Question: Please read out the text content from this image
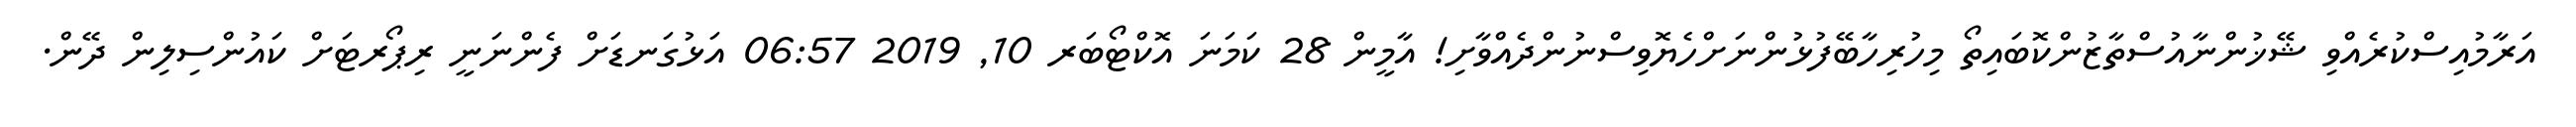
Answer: އަރާމުއިސްކުރެއްވި ޝޭޚުންނާއުސްތާޒުންކޮބައިތޯ މިހުރިހާބޭފުޅުންނަށްހެޔޮވިސްނުންދެއްވާށި! އާމީން 28 ކަމަނަ އޮކްޓޯބަރ 10, 2019 06:57 އަޅުގަނޑަށް ފެންނަނީ ރިޕޯރޓަށް ކައުންސިލިން ދޭން.